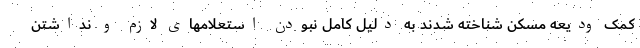
کمک ودیعه مسکن شناخته شدند به دلیل کامل نبودن استعلامهای لازم و نداشتن